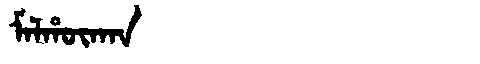
Manchu: ᠮᠠᠯᡥᡡᡴᠠᠨ
Romanization: MALHŪKAN